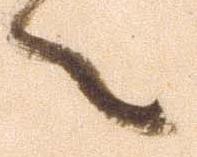
々